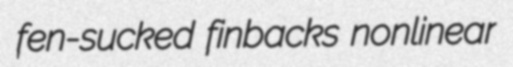
fen-sucked finbacks nonlinear